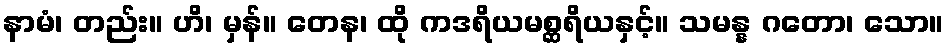
နာမံ၊ တည်း။ ဟိ၊ မှန်။ တေန၊ ထို ကဒရိယမစ္ဆရိယနှင့်။ သမန္န ဂတော၊ သော။